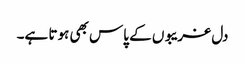
دل غریبوں کے پاس بھی ہوتا ہے۔